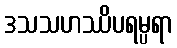
ဒသသဟဿိပရမ္ပရာ